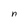
Character: n